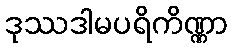
ဒုဿဒါမပရိကိဏ္ဏာ